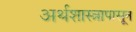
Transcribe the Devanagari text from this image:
अर्थशास्त्रापासून